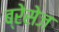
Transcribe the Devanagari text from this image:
ब्रेसेज